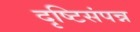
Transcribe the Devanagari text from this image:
दृष्टिसंपन्न